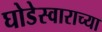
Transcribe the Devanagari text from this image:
घोडेस्वाराच्या